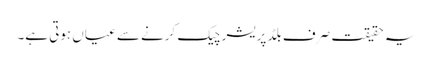
یہ حقیقت صرف بلڈ پریشر چیک کرنے سے عیاں ہوتی ہے۔